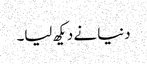
دنیا نے دیکھ لیا۔